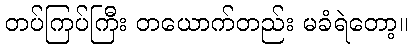
တပ်ကြပ်ကြီး တယောက်တည်း မခံရဲတော့။